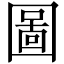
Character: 圖